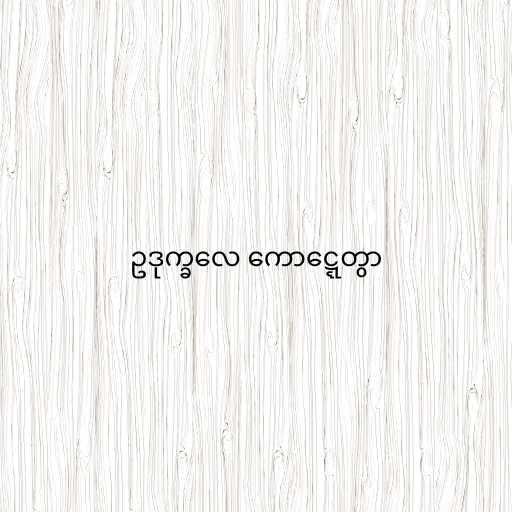
ဥဒုက္ခလေ ကောဋ္ဋေတွာ